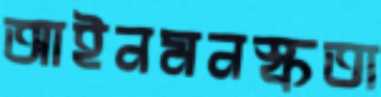
আইনমনস্কতা